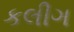
કલીગ